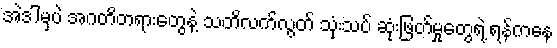
အဲဒါမှပဲ အဂတိတရားတွေနဲ့ သတိလက်လွတ် သုံးသပ် ဆုံးဖြတ်မှုတွေရဲ့ ရန်ကနေ